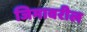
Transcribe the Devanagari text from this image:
जिमावरील